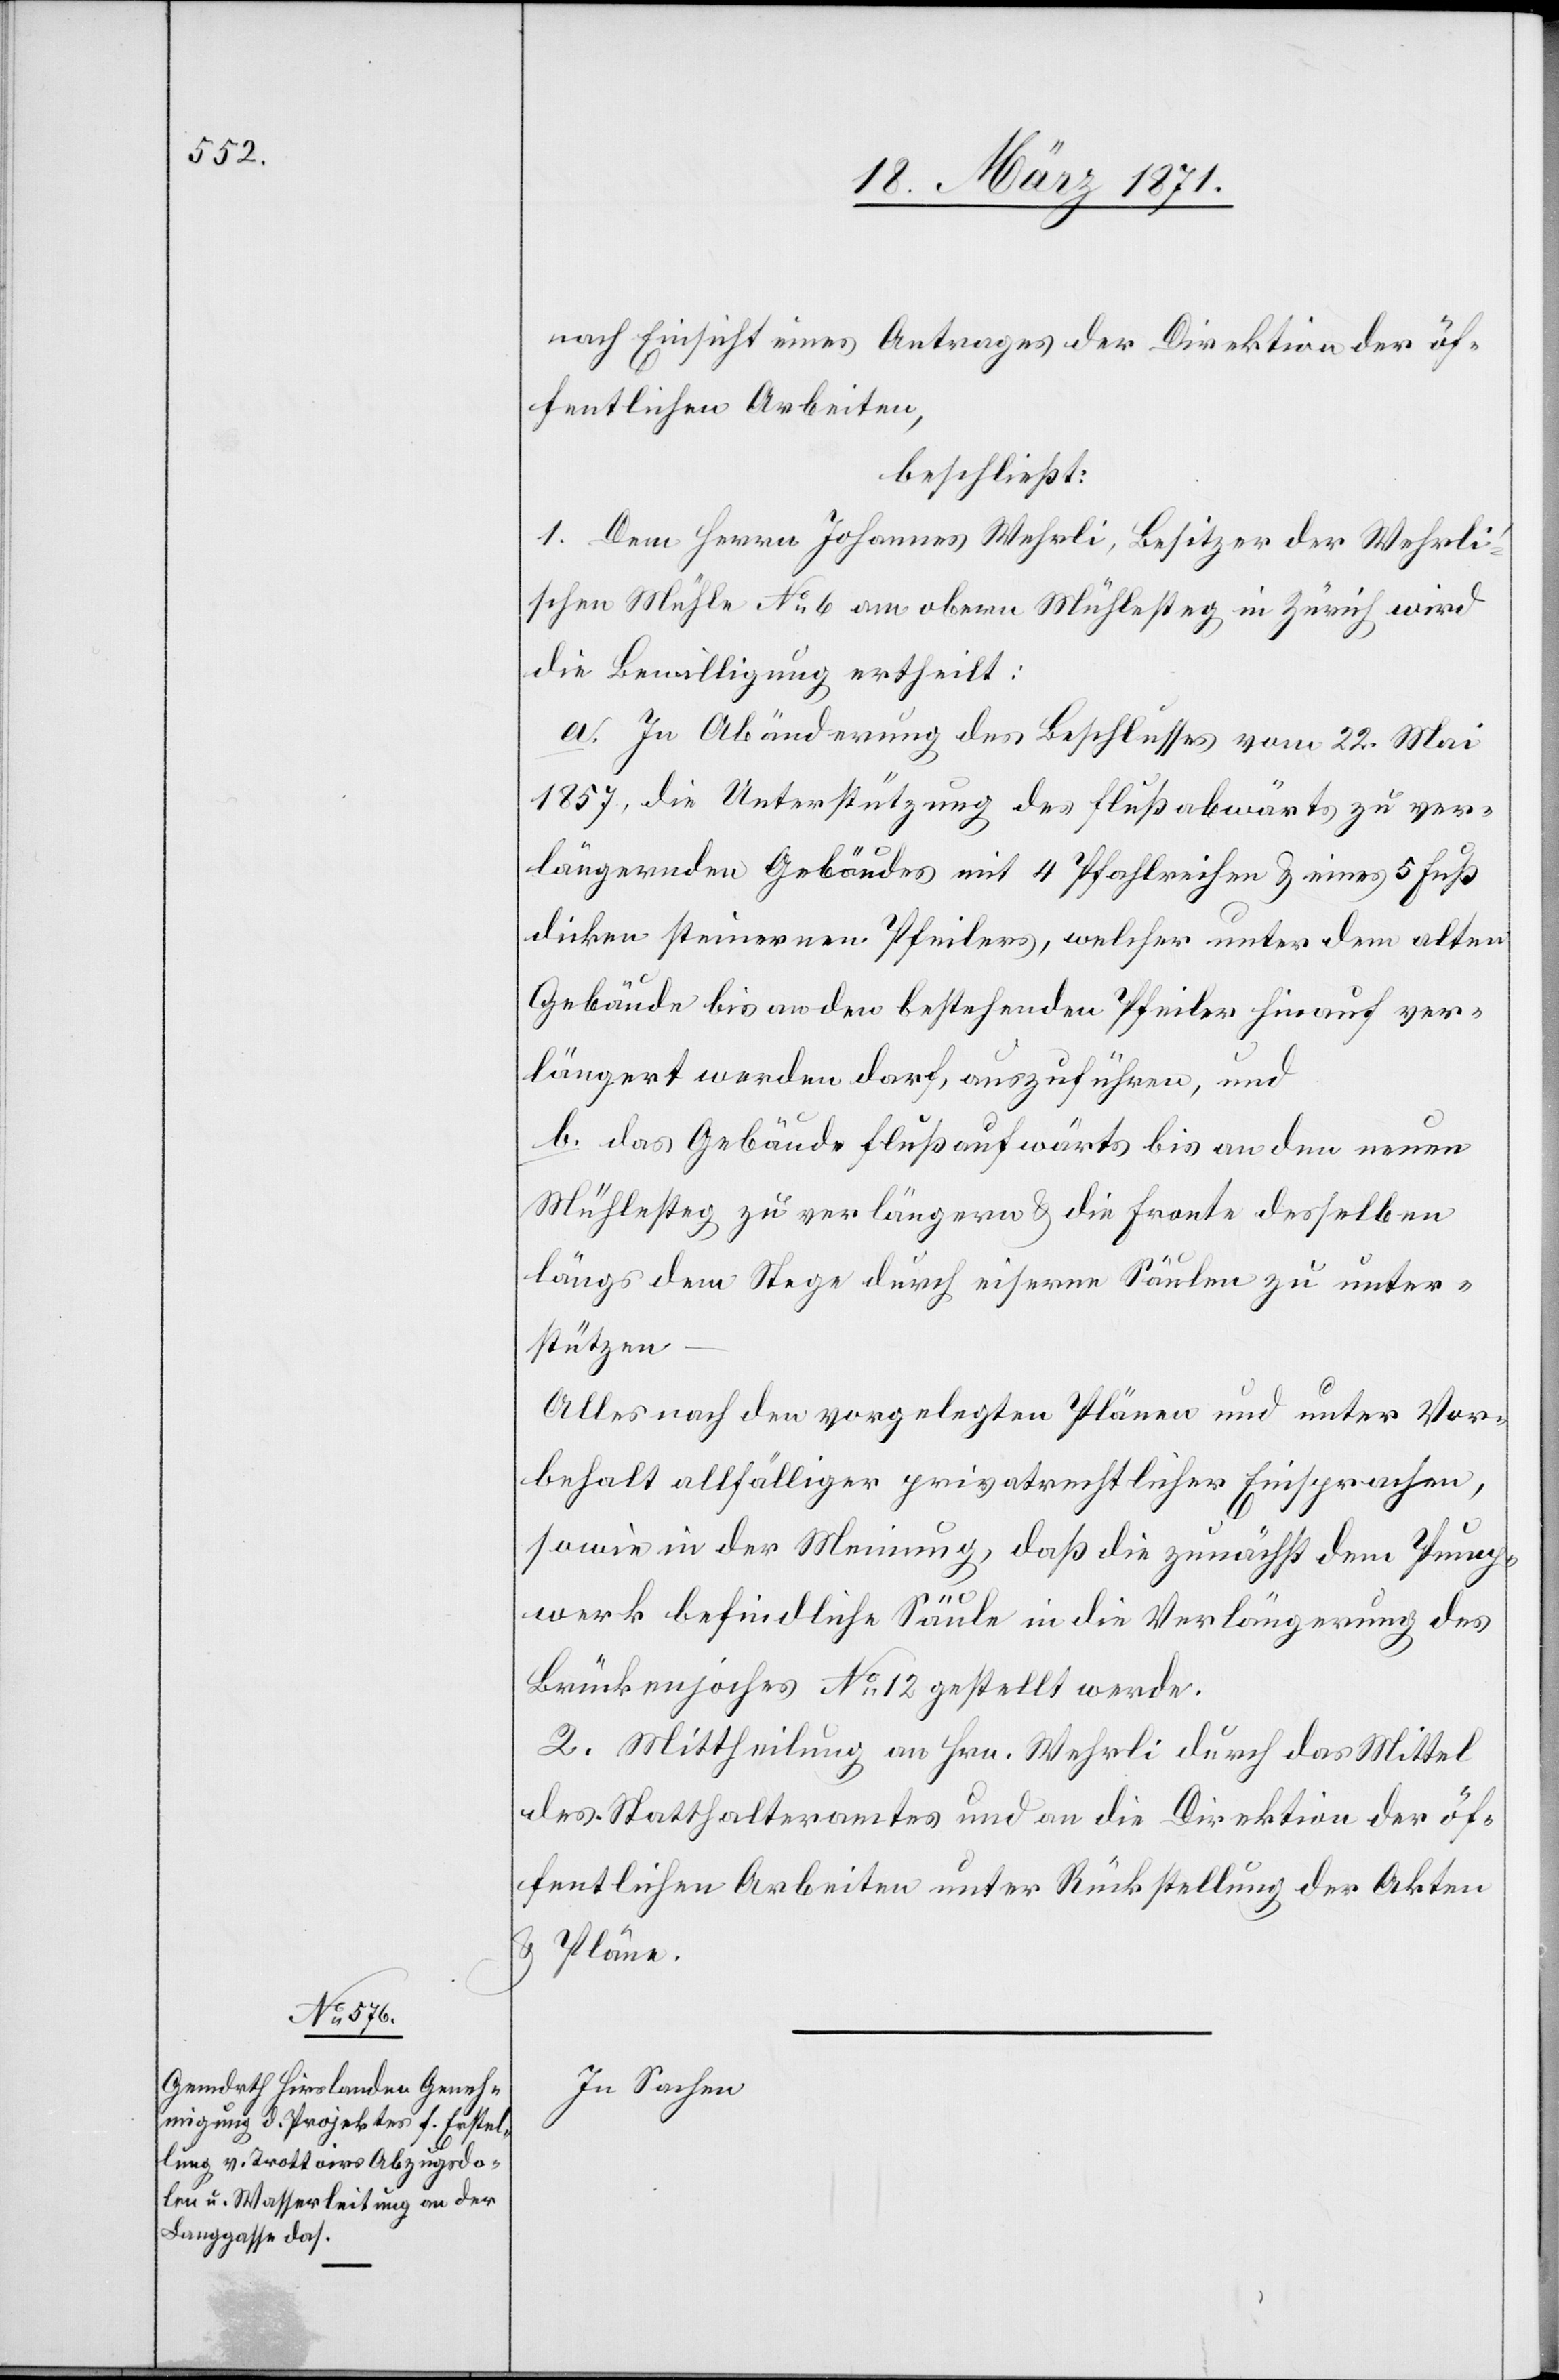
nach Einsicht eines Antrages der Direktion der öf¬
beschließt:
1. Dem Herrn Johannes Wehrli, Besitzer der Wehrl¬
i’schen Mühle No. 6 am obern Mühlesteg in Zürich wird
die Bewilligung ertheilt:
a. In Abänderung des Beschlusses vom 22. Mai
1857, die Unterstützung des flußabwärts zu ver¬
längernden Gebäudes mit 4 Pfahlreihen u. eines 5 Fuß
dicken steinernen Pfeilers, welcher unter dem alten
Gebäude bis an den bestehenden Pfeiler hinauf ver¬
längert werden darf, auszuführen, und
b. das Gebäude flußaufwärts bis an den neuen
Mühlesteg zu verlängern u. die Fronte desselben
längs dem Stege durch eiserne Säulen zu unter¬
stützen
Alles nach den vorgelegten Plänen und unter Vor¬
behalt allfälliger privatrechtlicher Einsprachen,
sowie in der Meinung, daß die zunächst dem Pump¬
f.
werk befindliche Säule in die Verlängerung des
Brückenjoches No. 12 gestellt werde.
2. Mittheilung an Hrn. Wehrli durch das Mittel
des Statthalteramtes und an die Direktion der öf¬
fentlichen Arbeiten unter Rückstellung der Akten
u. Pläne.
In Sachen